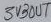
Text: OUT